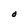
Character: O